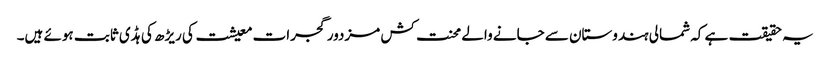
یہ حقیقت ہے کہ شمالی ہندوستان سے جانے والے محنت کش مزدور گجرات معیشت کی ریڑھ کی ہڈی ثابت ہوئے ہیں۔